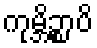
ကုမ္ဘိဉ္စာပိ